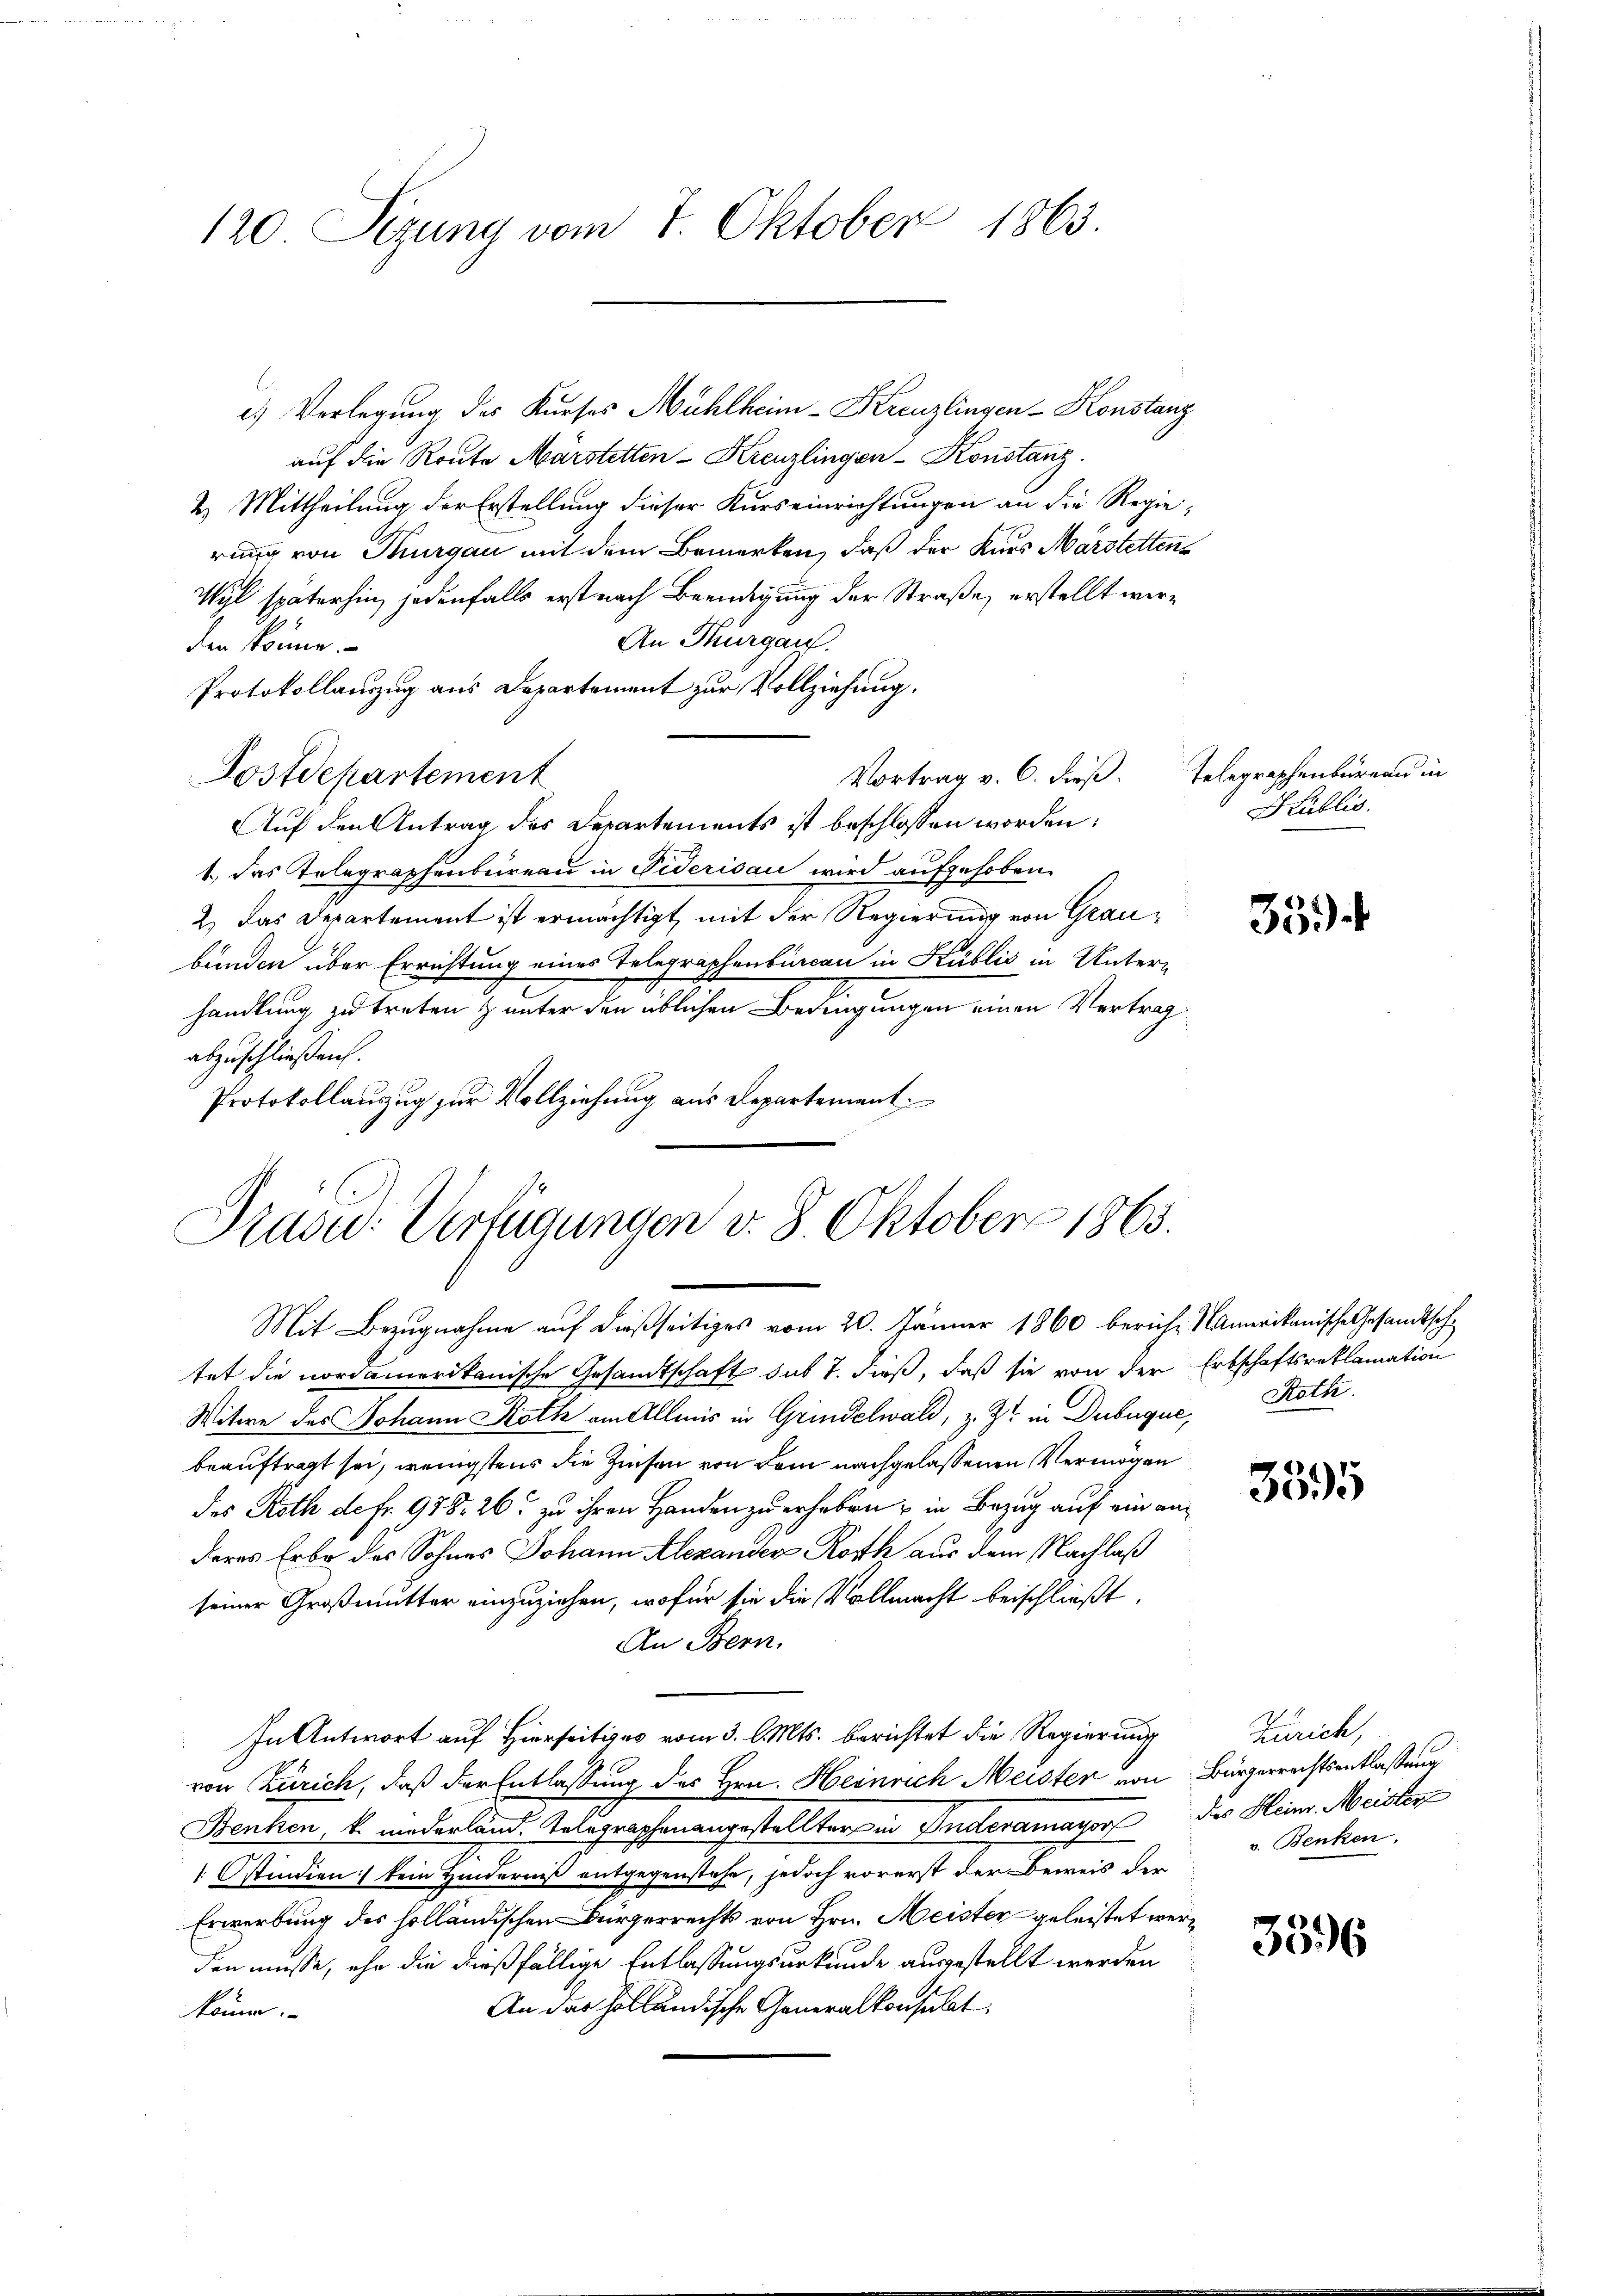
120 Sizung vom 7. Oktober 1863.

e.) Verlegung des Kurses Mühlheim-Kreuzlingen Konstanz
auf die Route Märstetten-Kreuzlingen-Konstanz.
2. Mittheilung der Erstellung dieser Kurseinrichtungen an die Regie-
rung von Thurgau mit dem Bemerken, daß der Kaus Marstettens
Wyl späterhin jedenfalls erst nach Beendigung der Straße, erstellt wer¬
An Thurgau.
den könne.
Protokollauszug aus Departement zur Vollziehung.
Vortrag v. 6. dieß. Telegraphenbureau in
Postdepartement
Auf den Antrag des Departements ist beschlossen worden:
1.) Das Telegraphenbureau in Viderisau wird aufgehoben.
2.) Das Departement ist ermächtigt, mit der Regierung von Graubunden über Errichtung eines Telegraphenburcan in Kublis in Untern
handlung zu treten & unter den üblichen Bedingungen einen Vertrag
abzuschließen.
Protokollauszug zur Vollziehung aus Departement

Mit Bezugnahme auf dießseitiges vom 20. Jänner 1860 bericht Namerikanische Gesandtsche
tet die nordamerikanische Gesandtschaft das 7. dieß, daß sie von der Erbschaftsreklamation
Witwe des Johann Roth am Allmis in Grindelwald, z. Z. in Dubuque, Roth
beauftragt sei, wenigstens die Zinsen von dem nachgelassenen Vermögen
des Roth de fr. 978. 26 zu ihren Handen zu erhoben in Bezug auf ein naderes Erbe des Sohnes Johann Alexander Roth aus dem Nachlaß
seiner Großmutter einzuziehen, wofür sie die Vollmacht beischließt:
An Bern.
In Antwort auf Hierseit vom 3. l. Mts. berichtet die Regierung
von Zürich, daß der Entlassung des Hrn. Heinrich Meister von Bürgerrechtsentlassung
Benken k. wiederland. Kolegraphonangestellten in Anderamayon des Kleine Meister
1 Ostindien) kein Hinderniß entgegenstehe, jedoch vorerst der Beweis der
Erwerbung des holländischen Bürgerrechts von Hrn. Meister geleistet werden müsse, ihn die dießfällige Entlassungsurkunde ausgestellt werden
An das Holländische Generalkonsulat
können.

Präsid.: Verfügungen v. 8. Oktober 1863.

Public.

3594

3395

Zürich,
v. Benken.

3396